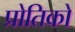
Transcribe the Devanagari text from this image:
प्रोतिको